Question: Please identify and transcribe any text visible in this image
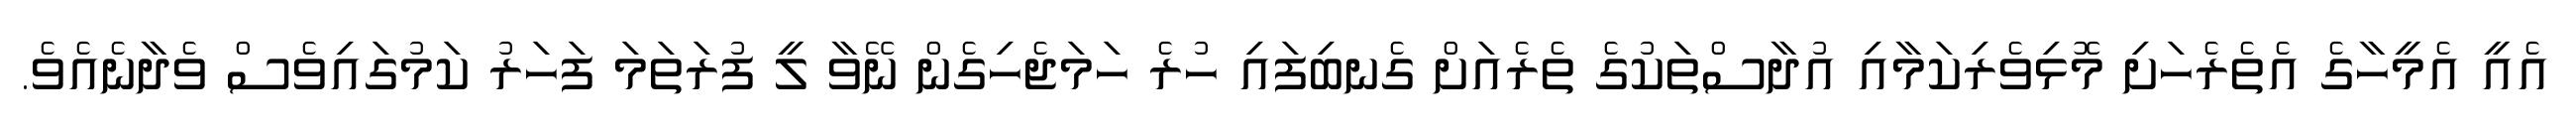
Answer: އެއީ އެމީހާގެ އެތެރެހަށި މޮޅިވެރިކަމާއި އުދާސްތަކުގެ ތެރެއަށް ގެނބިފައި ހުރެ ހަމަޖެހިގެން ނޭވާ ލީ ފުރަތަމަ ފަހަރު ކަމުގައިވެސް ވެދާނެއެވެ.